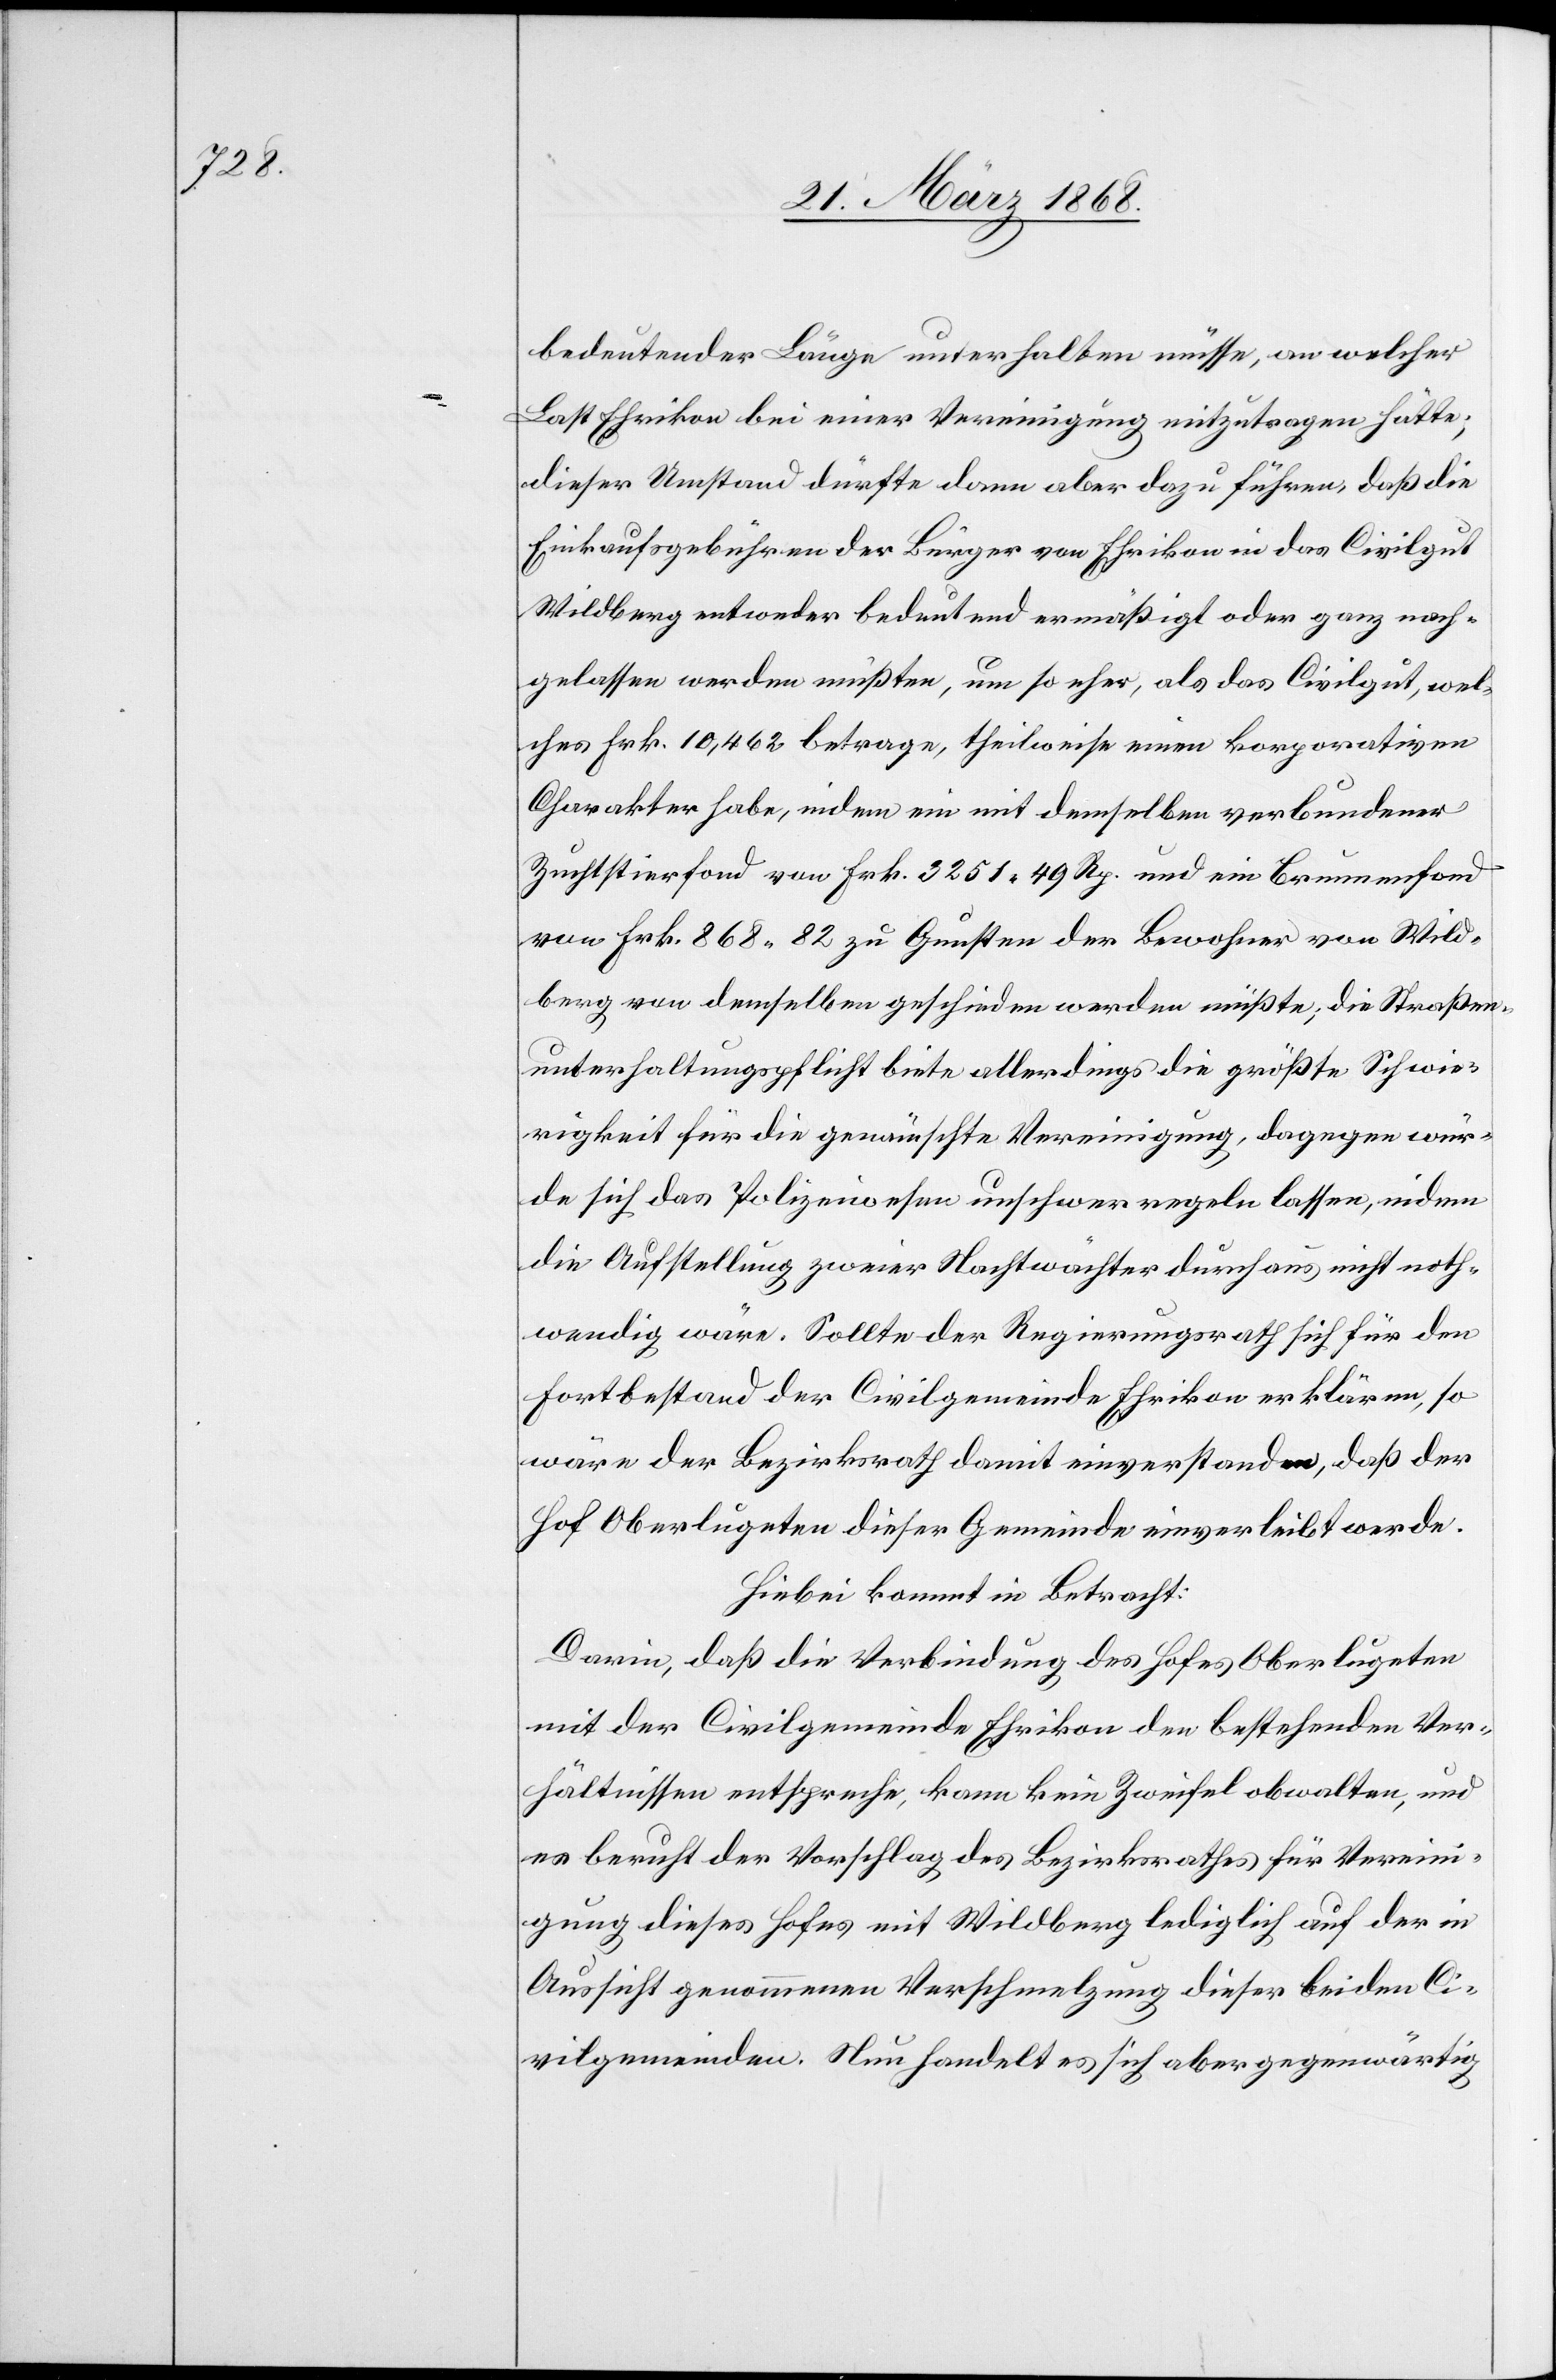
bedeutender Länge unterhalten müsse, an welcher
Last Ehrikon bei einer Vereinigung mitzutragen hätte;
dieser Umstand dürfte dann aber dazu führen, daß die
Einkaufsgebühren der Bürger von Ehrikon in das Civilgut
Wildberg entweder bedeutend ermäßigt oder ganz nach¬
gelassen werden müßten, um so eher, als das Civilgut, wel¬
ches Frk. 10,462 betrage, theilweise einen korporativen
Charakter habe, indem ein mit demselben verbundener
Zuchtstierfond von Frk. 3251. 49 Rp. und ein Brunnenfond
von Frk. 868. 82 zu Gunsten der Bewohner von Wild¬
berg von demselben geschieden werden müßte; die Straßen¬
unterhaltungspflicht biete allerdings die größte Schwie¬
rigkeit für die gewünschte Vereinigung, dagegen wür¬
de sich das Polizeiwesen unschwer regeln lassen, indem
die Aufstellung zweier Nachtwächter durchaus nicht noth¬
wendig wäre. Sollte der Regierungsrath sich für den
Fortbestand der Civilgemeinde Ehrikon erklären, so
wäre der Bezirksrath damit einverstanden, daß der
Hof Oberlugeten dieser Gemeinde einverleibt werde.
Hiebei kommt in Betracht:
Darin, daß die Verbindung des Hofes Oberlugeten
mit der Civilgemeinde Ehrikon den bestehenden Ver¬
hältnissen entspreche, kann kein Zweifel obwalten, und
es beruht der Vorschlag des Bezirksrathes für Vereini¬
gung dieses Hofes mit Wildberg lediglich auf der in
Aussicht genommenen Verschmelzung dieser beiden Ci¬
vilgemeinden. Nun handelt es sich aber gegenwärtig